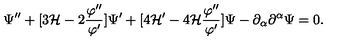
\Psi ^ { \prime \prime } + [ 3 { \cal H } - 2 \frac { \varphi ^ { \prime \prime } } { \varphi ^ { \prime } } ] \Psi ^ { \prime } + [ 4 { \cal H } ^ { \prime } - 4 { \cal H } \frac { \varphi ^ { \prime \prime } } { \varphi ^ { \prime } } ] \Psi - \partial _ { \alpha } \partial ^ { \alpha } \Psi = 0 .